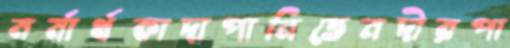
মর্মার্থকাদাপানিতেনদীরপা